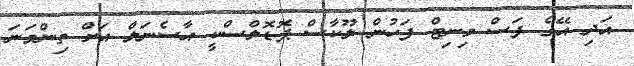
އަދި އޭގެ ފަސް މިނިޓް ފަހުން ލޫކާސް ޕޮޑޮލްސްކީ އާސެނަލް އަށް ތިންވަނަ